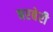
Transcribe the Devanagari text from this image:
बरबेरी